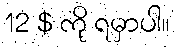
12 $ ကို ရမှာပါ။